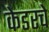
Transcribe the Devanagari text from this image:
केडरचे